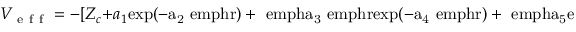
V _ { \mathrm { ~ e ~ f ~ f ~ } } = - [ Z _ { c } + a _ { 1 } \mathrm { { e x p } ( - a _ { 2 } \ e m p h { r } ) + \ e m p h { a } _ { 3 } \ e m p h { r } \mathrm { { e x p } ( - a _ { 4 } \ e m p h { r } ) + \ e m p h { a } _ { 5 } \mathrm { { e x p } ( - a _ { 6 } \ e m p h { r } ) ] / \ e m p h { r } } } }